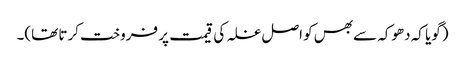
(گویا کہ دھوکہ سے بھس کو اصل غلہ کی قیمت پر فروخت کرتا تھا)۔